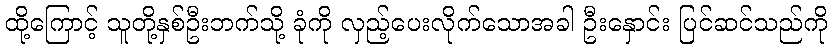
ထို့ကြောင့် သူတို့နှစ်ဦးဘက်သို့ ခုံကို လှည့်ပေးလိုက်သောအခါ ဦးနှောင်း ပြင်ဆင်သည်ကို